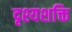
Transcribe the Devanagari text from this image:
दृश्यशक्ति